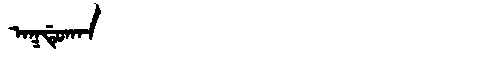
Manchu: ᠠᡴᡩᡠᡴᠠᠨ
Romanization: AKDUKAN